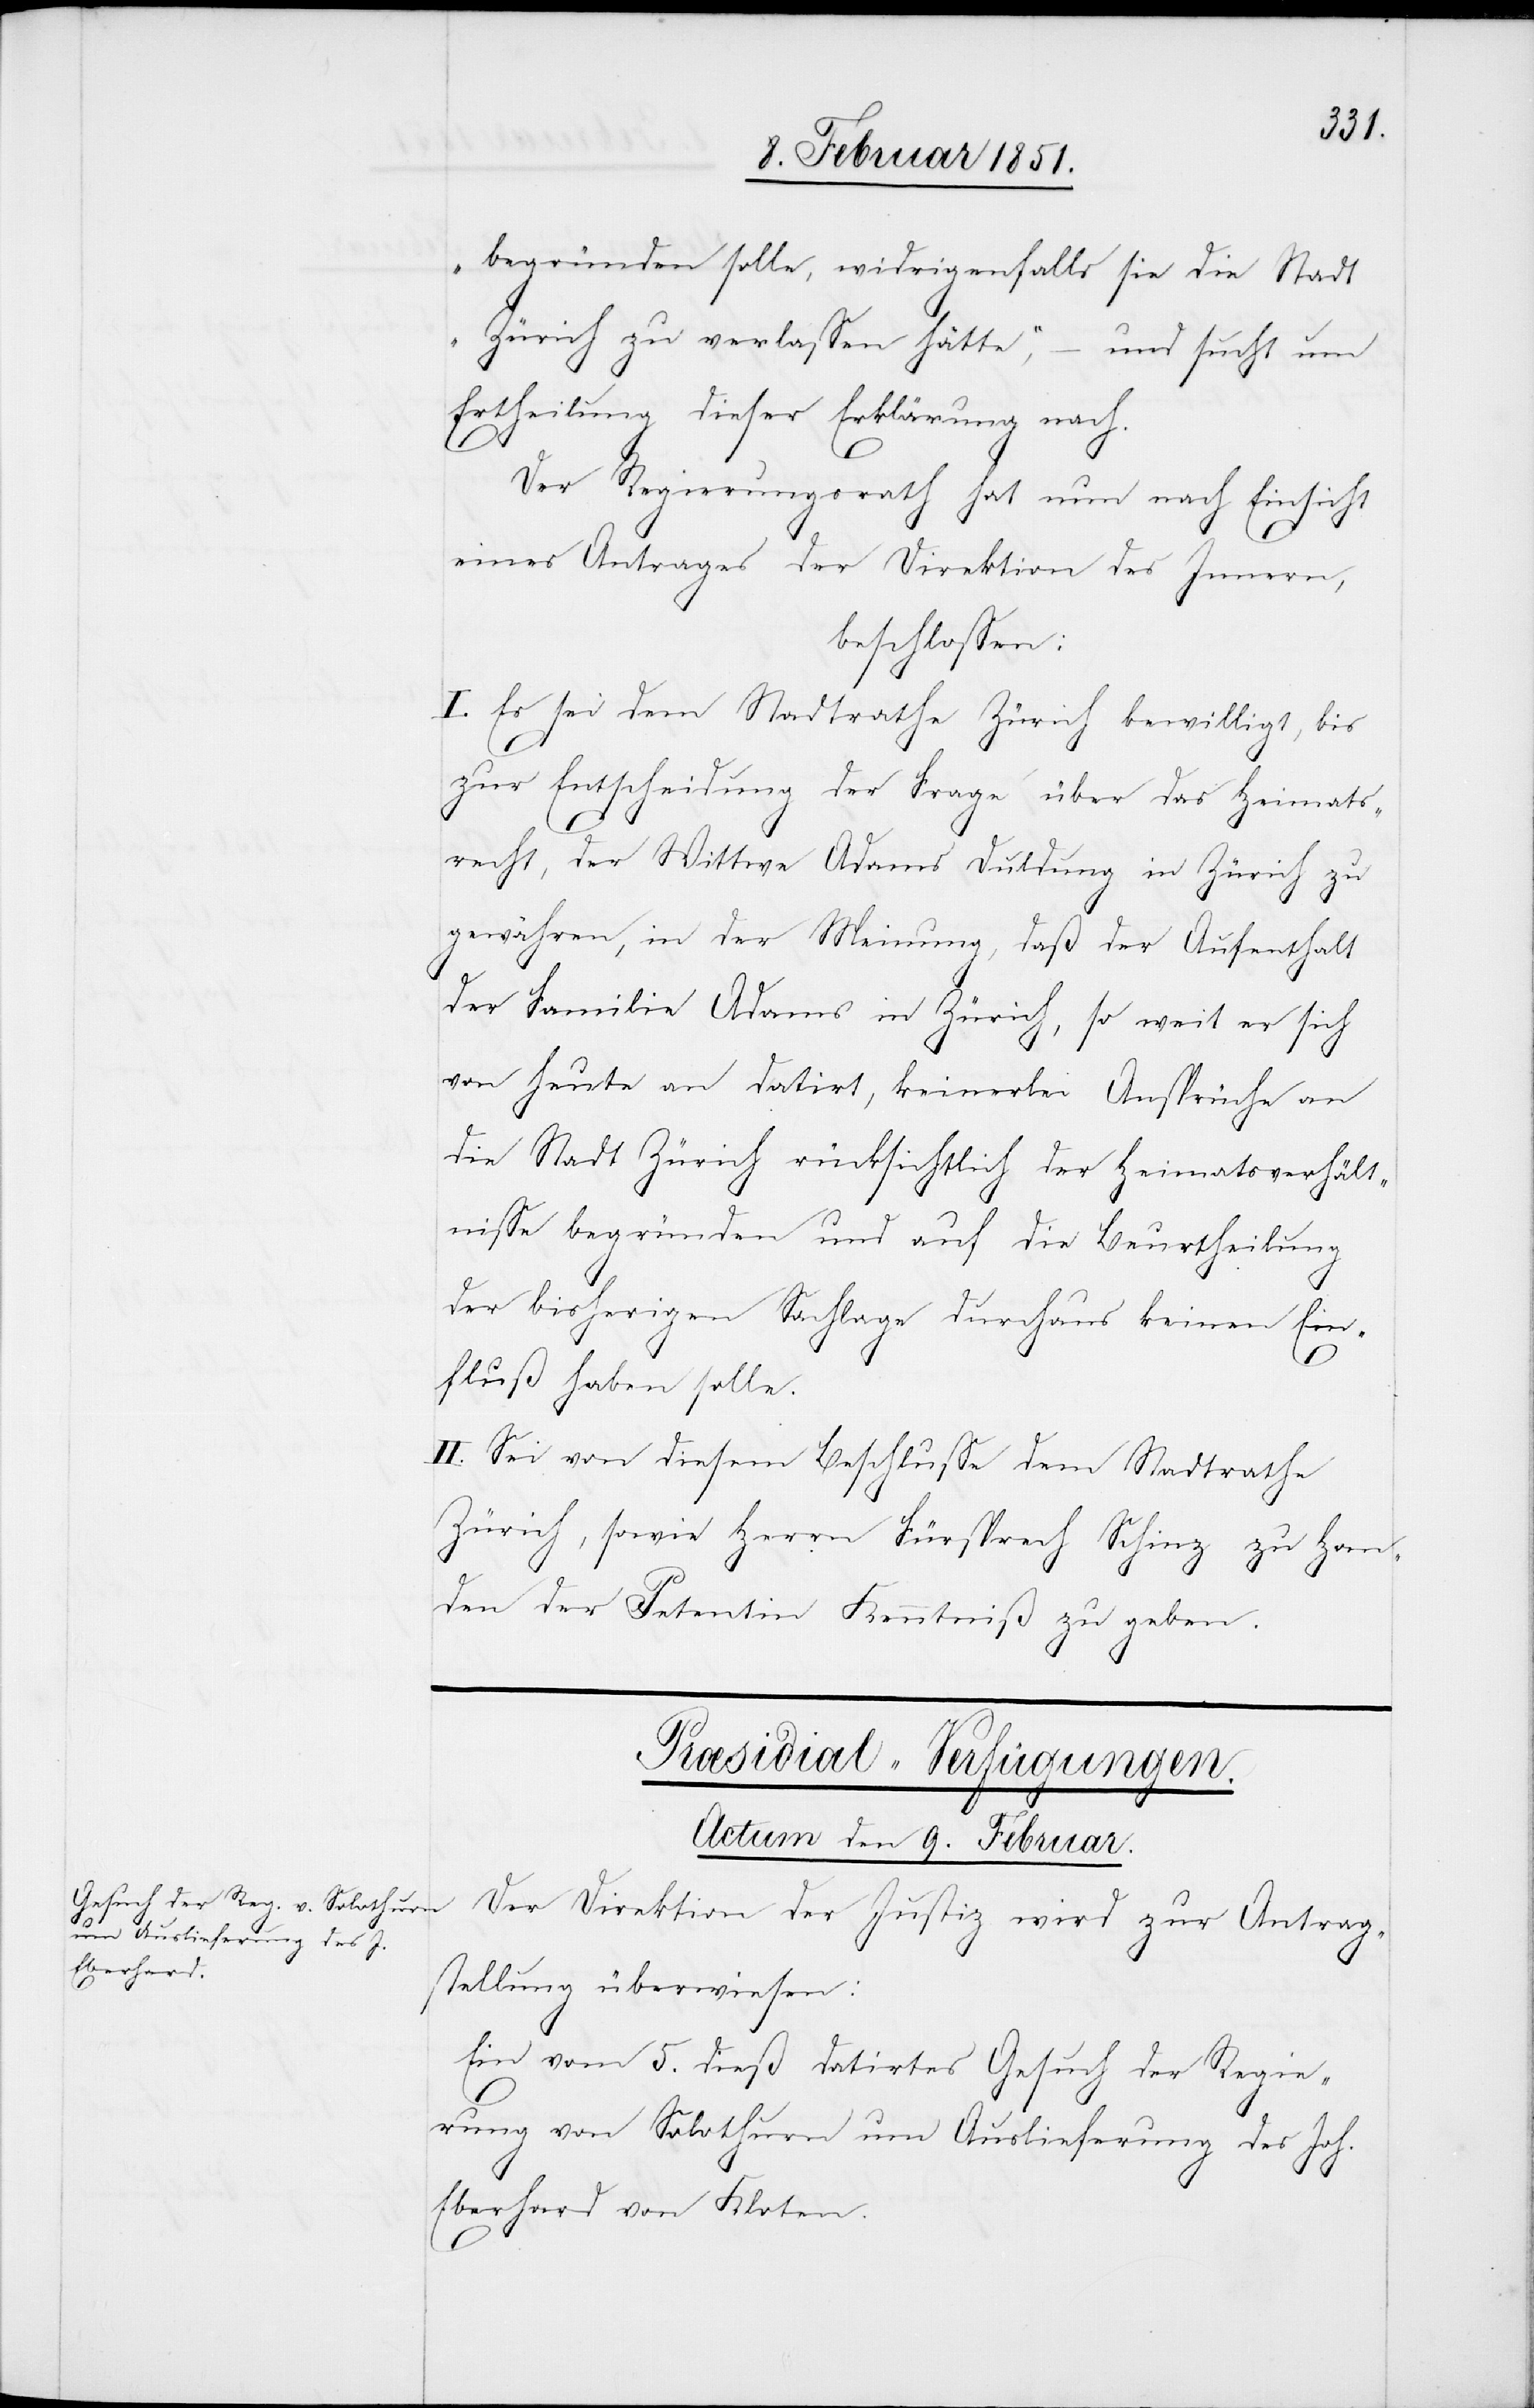
begründen solle, widrigenfalls sie die Stadt
Zürich zu verlassen hätte,“ – und sucht um
Ertheilung dieser Erklärung nach.
Der Regierungsrath hat nun nach Einsicht
eines Antrages der Direktion des Innern,
beschlossen:
I. Es sei dem Stadtrathe Zürich bewilligt, bis
zur Entscheidung der Frage über das Heimats¬
recht, der Wittwe Adams Duldung in Zürich zu
gewähren, in der Meinung, daß der Aufenthalt
der Familie Adams in Zürich, so weit er sich
von heute an datirt, keinerlei Ansprüche an
die Stadt Zürich rücksichtlich der Heimatsverhält¬
nisse begründen und auf die Beurtheilung
der bisherigen Sachlage durchaus keinen Ein¬
fluß haben solle.
II. Sei von diesem Beschlusse dem Stadtrathe
Zürich, sowie Herrn Fürsprech Schinz zu Han¬
den der Petentin Kenntniß zu geben.
Præsidial-Verfügungen.
Actum den 9. Februar.
Der Direktion der Justiz wird zur Antrag¬
stellung überwiesen:
Ein vom 5. dieß datirtes Gesuch der Regie¬
rung von Solothurn um Auslieferung des Joh.
Eberhard von Kloten.